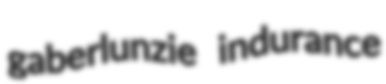
gaberlunzie indurance